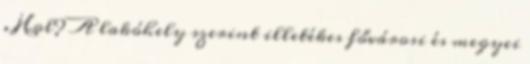
. Hol? A lakóhely szerint illetékes fővárosi és megyei